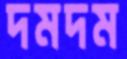
দমদম